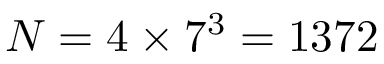
N = 4 \times 7 ^ { 3 } = 1 3 7 2